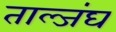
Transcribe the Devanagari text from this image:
ताल्जंघ